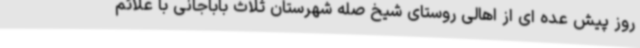
روز پیش عده ای از اهالی روستای شیخ صله شهرستان ثلاث باباجانی با علائم